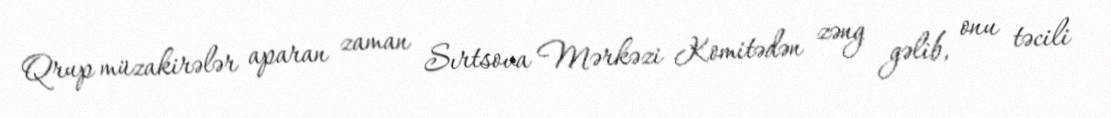
Qrup müzakirələr aparan zaman Sırtsova Mərkəzi Komitədən zəng gəlib, onu təcili